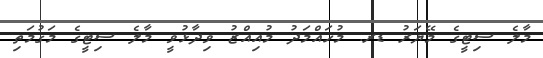
މާލެ ސިޓީގެ މޭޔަރު ޑރ. މުހައްމަދު މުއިއްޒު ވިދާޅުވީ މާލެ ސިޓީގެ މަގުމަތި